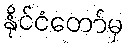
နိုင်ငံတော်မှ